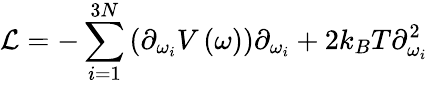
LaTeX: \mathcal{L}=-\sum_{i=1}^{3N}\left(\partial_{\omega_{i}}V\left(\omega\right)\right)\partial_{\omega_{i}}+2k_{B}T\partial_{\omega_{i}}^{2}